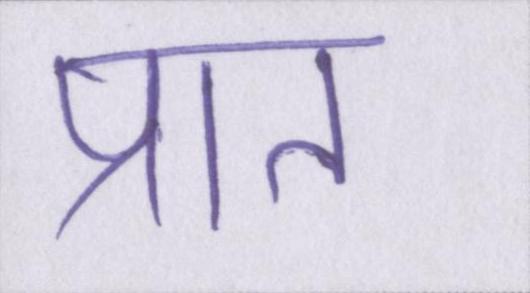
प्रात